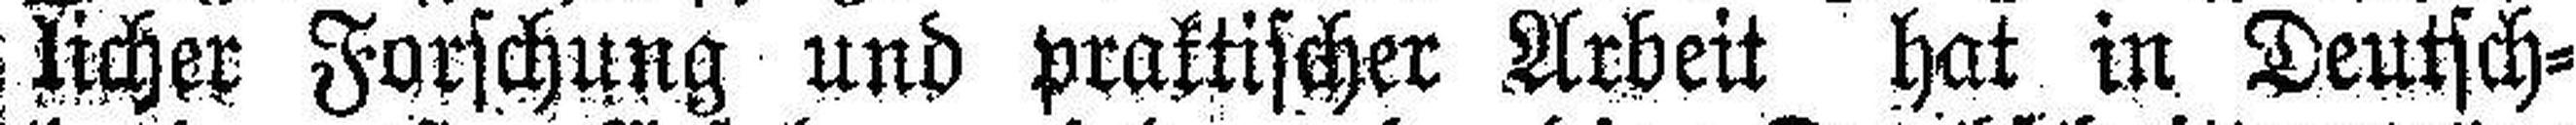
licher Forschung und praktischer Arbeit hat in Deutsch¬